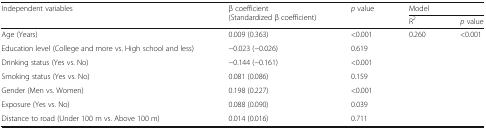
| <ROWSPAN=2> Independent variables | <ROWSPAN=2> β coefficient (Standardized β coefficient) | p value | <COLSPAN=2> Model |
 |  | R2 | p value |
 | --- | --- | --- | --- | --- |
 | Age (Years) | 0.009 (0.363) | <0.001 | 0.260 | <0.001 |
 | Education level (College and more vs. High school and less) | −0.023 (−0.026) | 0.619 |  |  |
 | Drinking status (Yes vs. No) | −0.144 (−0.161) | <0.001 |  |  |
 | Smoking status (Yes vs. No) | 0.081 (0.086) | 0.159 |  |  |
 | Gender (Men vs. Women) | 0.198 (0.227) | <0.001 |  |  |
 | Exposure (Yes vs. No) | 0.088 (0.090) | 0.039 |  |  |
 | Distance to road (Under 100 m vs. Above 100 m) | 0.014 (0.016) | 0.711 |  |  |